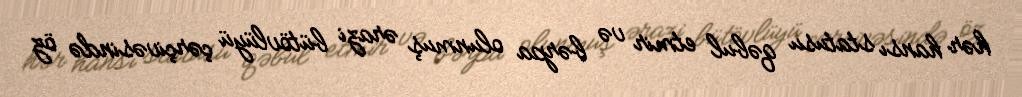
hər hansı statusu qəbul etmir və bərpa olunmuş ərazi bütövlüyü çərçivəsində öz